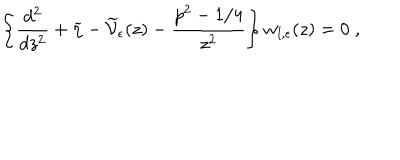
LaTeX: \left\{ \frac { d ^ { 2 } } { d z ^ { 2 } } + \widetilde { \eta } - \widetilde { \mathcal V } _ { \epsilon } ( z ) - \frac { p ^ { 2 } - 1 / 4 } { z ^ { 2 } } \right\} w _ { l , \epsilon } ( z ) = 0 \; ,